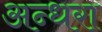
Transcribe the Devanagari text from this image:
अन्धरा